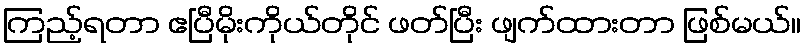
ကြည့်ရတာ ဧပြီမိုးကိုယ်တိုင် ဖတ်ပြီး ဖျက်ထားတာ ဖြစ်မယ်။